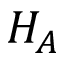
H _ { A }